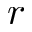
r